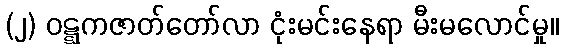
(၂) ဝဋ္ဋကဇာတ်တော်လာ ငုံးမင်းနေရာ မီးမလောင်မှု။